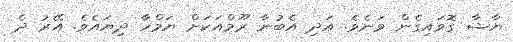
ޔާޝާ ގޮވައިގެން ވަނެވެ. އަދި އެބުނާ ރޫމްއަކަށް ޔަމްހާ ދިޔައެވެ. އޭރު ދެ